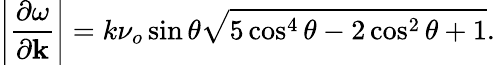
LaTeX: \left|\frac{\partial\omega}{\partial\mathbf{k}}\right|=k\nu_{o}\sin\theta\sqrt{5\cos^{4}\theta-2\cos^{2}\theta+1}.